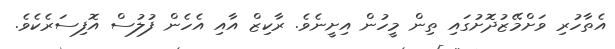
އެތާހުރި ވަށްމޭޒުދޮށުގައި ތިން މީހުން އިށީނެވެ. ރާކިޒް އާއި އެހެން ފުލުސް އޮފިސަރެކެވެ.